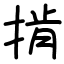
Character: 掯